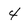
Character: 4